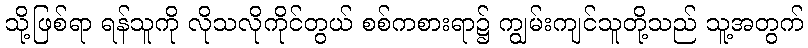
သို့ဖြစ်ရာ ရန်သူကို လိုသလိုကိုင်တွယ် စစ်ကစားရာ၌ ကျွမ်းကျင်သူတို့သည် သူ့အတွက်